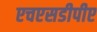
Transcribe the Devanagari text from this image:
एचएसडीपीए